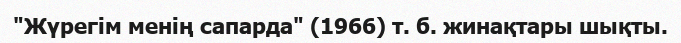
"Жүрегім менің сапарда" (1966) т. б. жинақтары шықты.